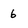
Character: 6